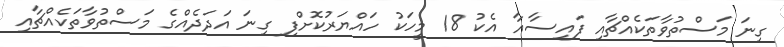
ގިނަ މަސްތުވާތަކެއްޗާއި ފައިސާއާ އެކު 18 މީހަކު ހައްޔަރުކޮށްފި ގިނަ އަދަދެއްގެ މަސްތުވާތަކެއްޗާއި